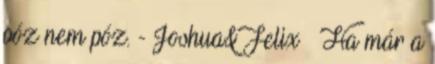
póz nem póz. - Joshua&Felix » Ha már a